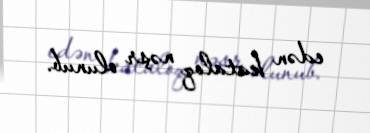
edən kataloq nəşr olunub.